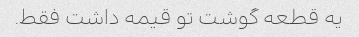
یه قطعه گوشت تو قیمه داشت فقط.